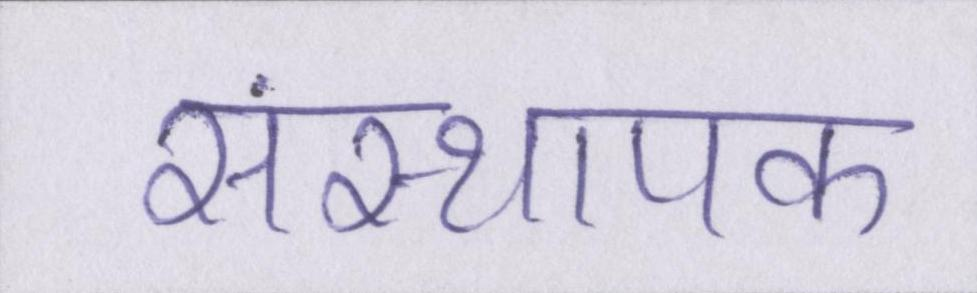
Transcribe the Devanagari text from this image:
संस्थापक